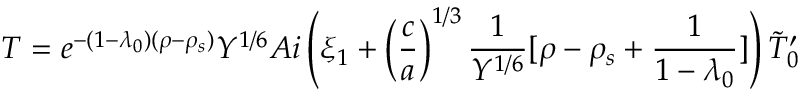
T = e ^ { - ( 1 - \lambda _ { 0 } ) ( \rho - \rho _ { s } ) } Y ^ { 1 / 6 } A i \left( \xi _ { 1 } + \left( { \frac { c } { a } } \right) ^ { 1 / 3 } { \frac { 1 } { Y ^ { 1 / 6 } } } [ \rho - \rho _ { s } + { \frac { 1 } { 1 - \lambda _ { 0 } } } ] \right) \tilde { T } _ { 0 } ^ { \prime }